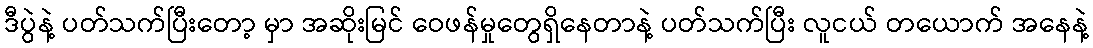
ဒီပွဲနဲ့ ပတ်သက်ပြီးတော့ မှာ အဆိုးမြင် ဝေဖန်မှုတွေရှိနေတာနဲ့ ပတ်သက်ပြီး လူငယ် တယောက် အနေနဲ့